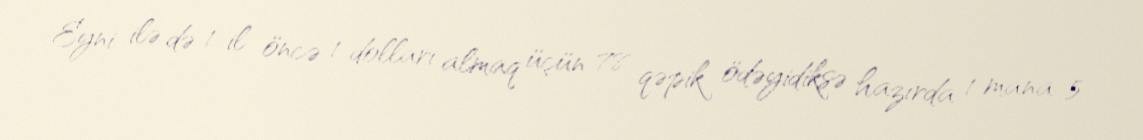
Eyni ilə də 1 il öncə 1 dolları almaq üçün 78 qəpik ödəyidiksə hazırda 1 mana 5